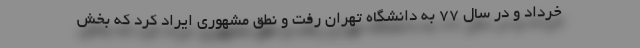
خرداد و در سال 77 به دانشگاه تهران رفت و نطق مشهوری ایراد کرد که بخش